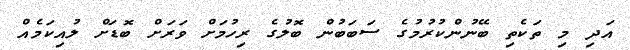
އަދި މި ތަކެތި ބޭނުންކުރުމުގެ ސަބަބުން ބޮލުގެ ރިހުމަށް ވަރަށް ބޮޑަށް ލުއިކަމެއް